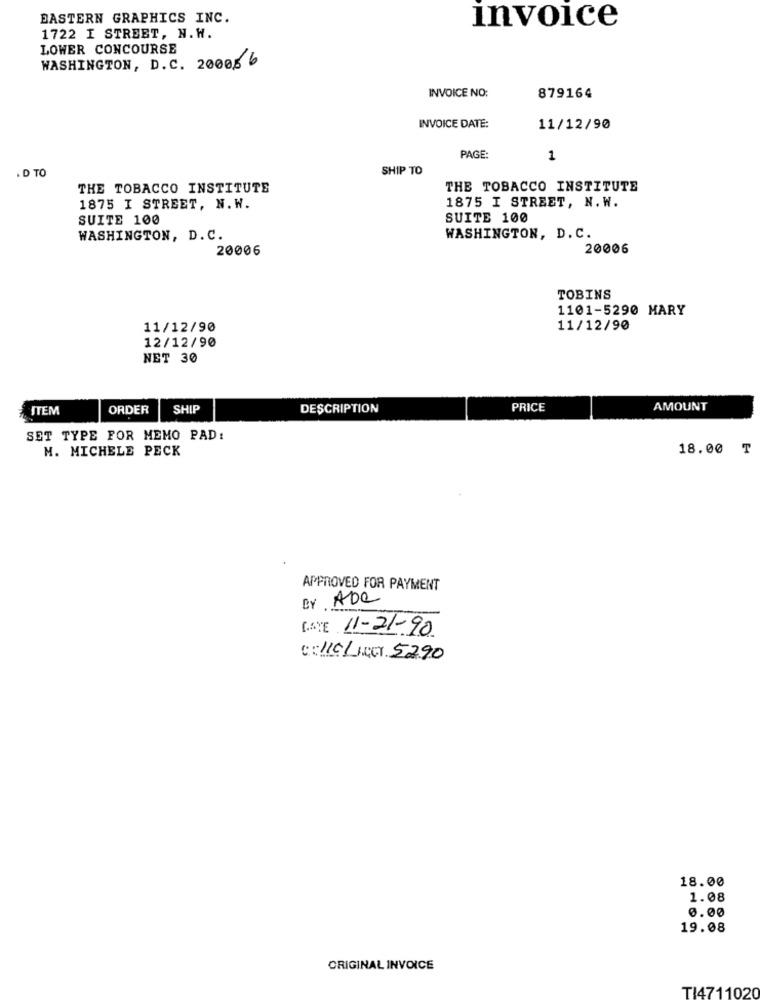
EASTERN GRAPHICS INC.
invoice
1722 I STREET, N.W.
LOWER CONCOURSE
WASHINGTON, D. C. 20006 6
INVOICE NO:
879164
INVOICE DATE:
11/12/90
PAGE:
1
. D TO
SHIP TO
THE TOBACCO INSTITUTE
THE TOBACCO INSTITUTE
1875 I STREET, N.W.
1875 I STREET, N. W.
SUITE 100
SUITE 100
WASHINGTON, D. C.
WASHINGTON, D. C.
20006
20006
TOBINS
1101-5290 MARY
11/12/90
11/12/90
12/12/90
NET 30
ITEM
ORDER
SHIP
DESCRIPTION
PRICE
AMOUNT
SET TYPE FOR MEMO PAD:
M. MICHELE PECK
18.00 ₸
APPROVED FOR PAYMENT
BY ADe
GAYE 11-21-90
CELLE ACCY 5290
18.00
1.08
0.00
19.08
ORIGINAL INVOICE
TI4711020